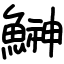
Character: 鰰